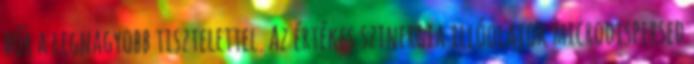
bőr a legnagyobb tisztelettel. Az értékes szinergia illóolajok microdispersed